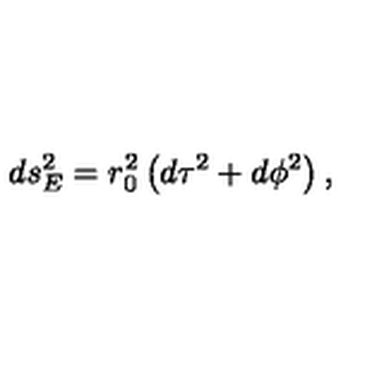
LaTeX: d s _ { E } ^ { 2 } = r _ { 0 } ^ { 2 } \left( d \tau ^ { 2 } + d \phi ^ { 2 } \right) ,